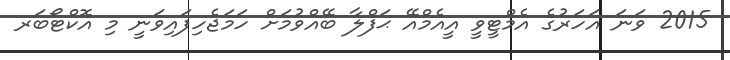
2015 ވަނަ އަހަރުގެ އެމްޓީވީ އީއެމްއޭ ޙަފްލާ ބޭއްވުމަށް ހަމަޖެހިފައިވަނީ މި އޮކްޓޯބަރ